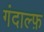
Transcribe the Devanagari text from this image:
गंदाल्फ़